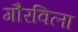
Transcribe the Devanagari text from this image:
गौरविला